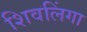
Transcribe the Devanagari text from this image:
शिवलिंगा